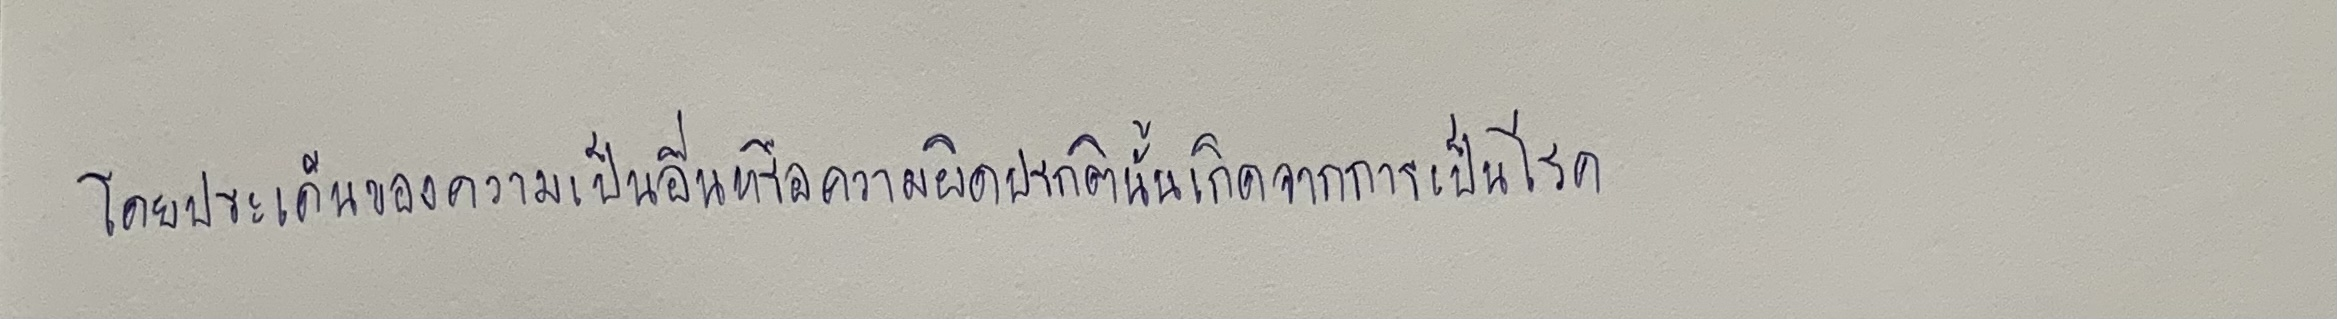
โดยประเด็นของความเป็นอื่นหรือความผิดปรกตินั้นเกิดจากการเป็นโรค